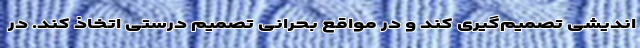
اندیشی تصمیم‌گیری کند و در مواقع بحرانی تصمیم درستی اتخاذ کند. در